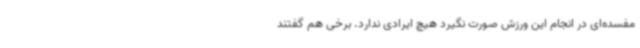
مفسده‌ای در انجام این ورزش صورت نگیرد هیچ ایرادی ندارد. برخی هم گفتند